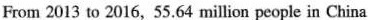
From 2013 to 2016,55.64 million people in China